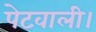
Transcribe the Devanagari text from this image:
पेटवाली।